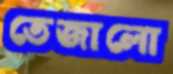
তেজালো